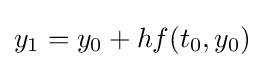
y_{1}=y_{0}+hf(t_{0},y_{0})